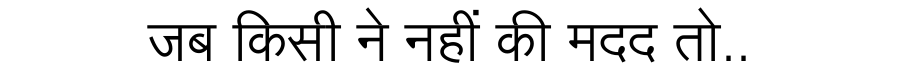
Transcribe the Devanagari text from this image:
जब किसी ने नहीं की मदद तो..